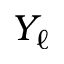
Y _ { \ell }